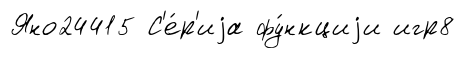
Яно24415 С'е́р'иjа фу́нкциjи игр8